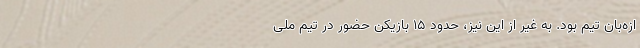
ازه‌بان تیم بود. به غیر از این نیز، حدود ۱۵ بازیکن حضور در تیم ملی